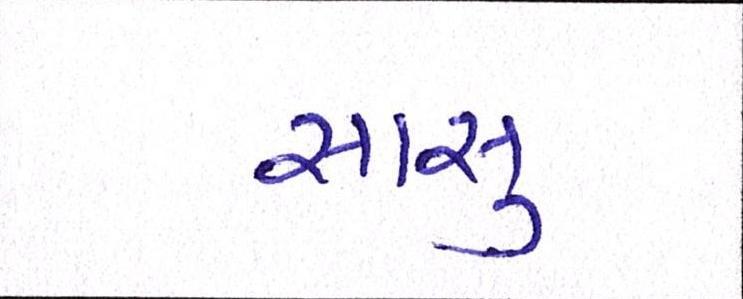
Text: સાસુ